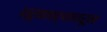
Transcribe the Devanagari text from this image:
ध्रुवताऱ्यावरून